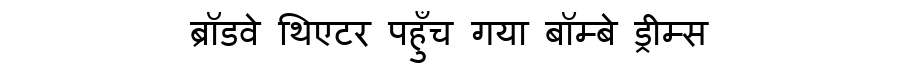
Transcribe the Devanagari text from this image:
ब्रॉडवे थिएटर पहुँच गया बॉम्बे ड्रीम्स